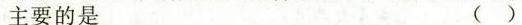
主要的是 ( )